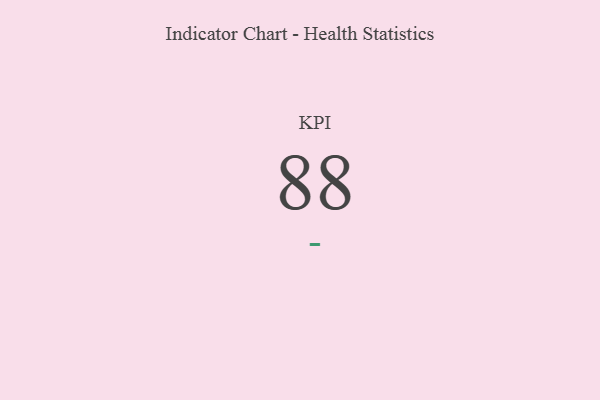
{"axis": {"x": "KPI", "y": "Value"}, "legend": [""], "data": [{"x": "KPI", "y": 88, "type": ""}]}